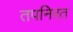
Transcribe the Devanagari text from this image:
तपनिरत